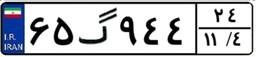
۴۳گ۸۷۰۵۶